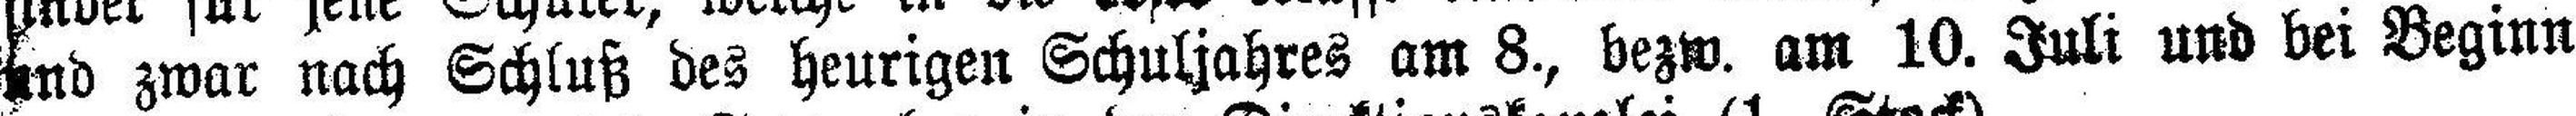
und zwar nach Schluß des heurigen Schuljahres am 8., bezw. am 10. Juli und bei Beginn